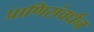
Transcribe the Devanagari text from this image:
प्राणिसंवर्धन